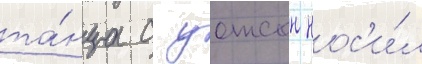
та́нца с уотсон нос'и́л